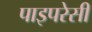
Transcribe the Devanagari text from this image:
पाइपरेसी